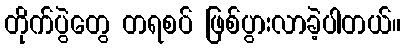
တိုက်ပွဲတွေ တရစပ် ဖြစ်ပွားလာခဲ့ပါတယ်။